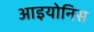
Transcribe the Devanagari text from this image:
आइयोनिस